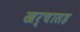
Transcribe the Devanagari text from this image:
खर्चासह